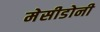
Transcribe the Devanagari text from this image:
मेसीडोनी